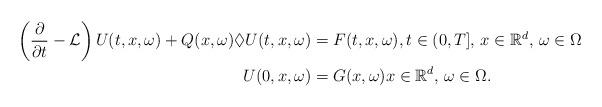
LaTeX: \begin{align*}\left( \frac{\partial}{\partial t} - {\mathcal L} \right) U(t, x,\omega) + {Q (x,\omega)} \lozenge U(t, x,\omega)& = F(t, x ,\omega), t\in (0,T],\, x\in \mathbb R^d,\, \omega \in \Omega\\U(0, x,\omega) &= G(x,\omega)x\in \mathbb R^d,\, \omega \in \Omega .\end{align*}